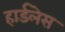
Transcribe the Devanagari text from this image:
हार्डलेस